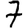
Digit: 7